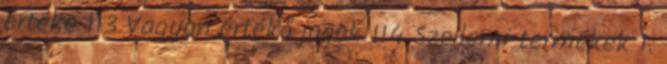
értéke 113 Vagyon értékő jogok 114 Szellemi termékek 1.